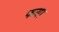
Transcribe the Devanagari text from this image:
फया